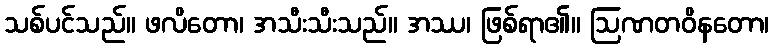
သစ်ပင်သည်။ ဖလိတော၊ အသီးသီးသည်။ အဿ၊ ဖြစ်ရာ၏။ ဩဏတဝိနတော၊